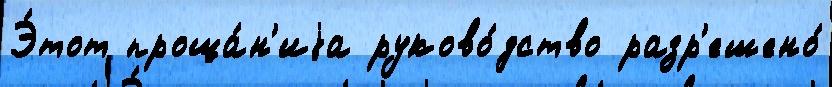
Э́тот проща́н'иjа руково́дство разр'ешено́